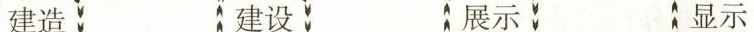
建造 建设 展示 显示